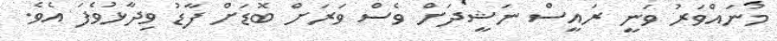
މުނައްވަރު ވަނީ ރައީސް ނަޝީދަށް ވެސް ވަރަށް ބޮޑަށް ފާޑު ވިދާޅުވެފަ އެވެ.